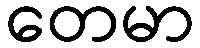
တေမာ